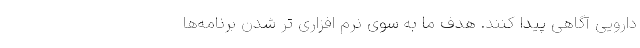
دارویی آگاهی پیدا کنند. هدف ما به سوی نرم افزاری تر شدن برنامه‌ها